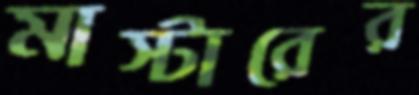
মাস্টারের